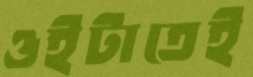
ওইটাতেই